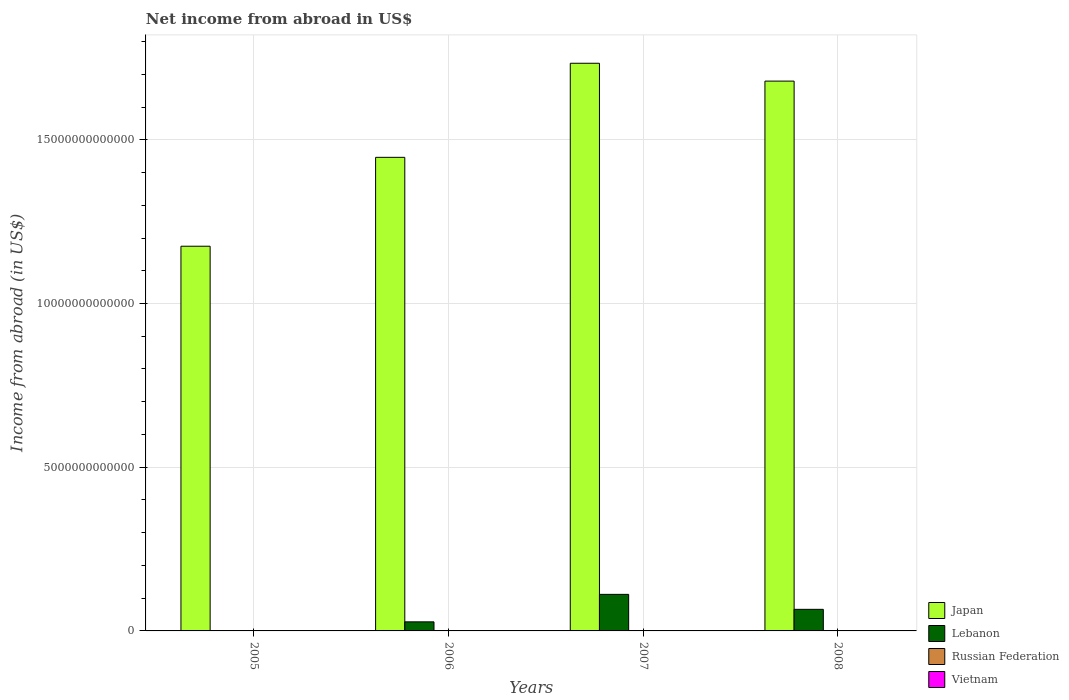
| Years | Japan | Lebanon | Russian Federation | Vietnam |
 | --- | --- | --- | --- | --- |
 | 2005 | 1.17e+13 | -2.81e+11 | -5.24e+11 | -1.68e+13 |
 | 2006 | 1.45e+13 | 2.77e+11 | -7.83e+11 | -2.28e+13 |
 | 2007 | 1.73e+13 | 1.12e+12 | -7.37e+11 | -3.5e+13 |
 | 2008 | 1.68e+13 | 6.59e+11 | -1.16e+12 | -4.81e+13 |